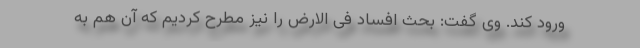
ورود کند. وی گفت: بحث افساد فی الارض را نیز مطرح کردیم که آن هم به